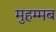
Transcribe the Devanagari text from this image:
मुहम्मब